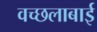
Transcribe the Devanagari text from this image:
वच्छलाबाई